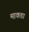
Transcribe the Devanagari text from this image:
माकडा